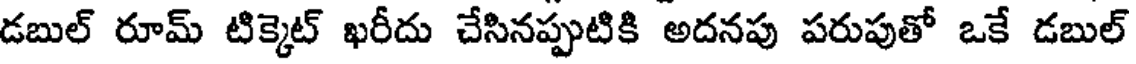
డబుల్ రూమ్ టిక్కెట్ ఖరీదు చేసినప్పుటికి అదనపు పరుపుతో ఒకే డబుల్